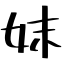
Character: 妺